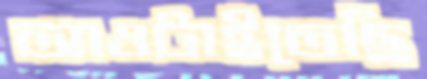
আওটাইতেছি